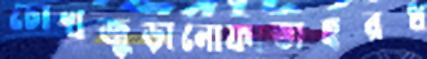
চোখজুড়ানোফাতাহরধ